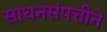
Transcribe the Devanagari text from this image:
साधनसंपत्तीने